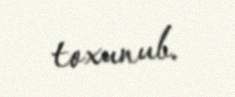
toxunub.